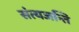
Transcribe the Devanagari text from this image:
संत्यजन्ति